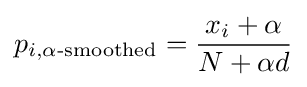
p_{i,\alpha {\text{-smoothed}}}={\frac {x_{i}+\alpha }{N+\alpha d}}